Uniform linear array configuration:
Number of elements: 64
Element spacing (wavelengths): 0.5
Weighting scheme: binomial
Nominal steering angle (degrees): -45
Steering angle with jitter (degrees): -46.511
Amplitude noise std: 0.05
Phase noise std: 0.05

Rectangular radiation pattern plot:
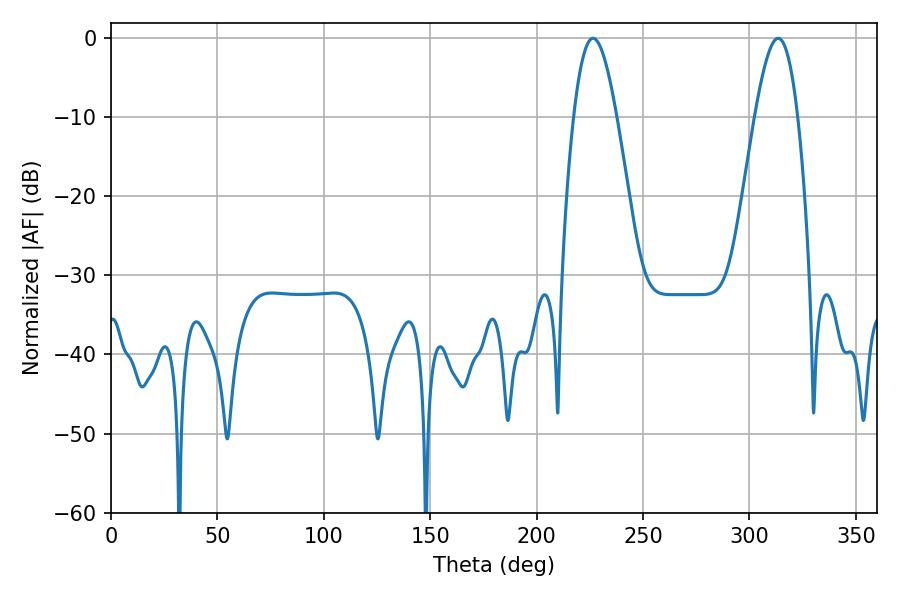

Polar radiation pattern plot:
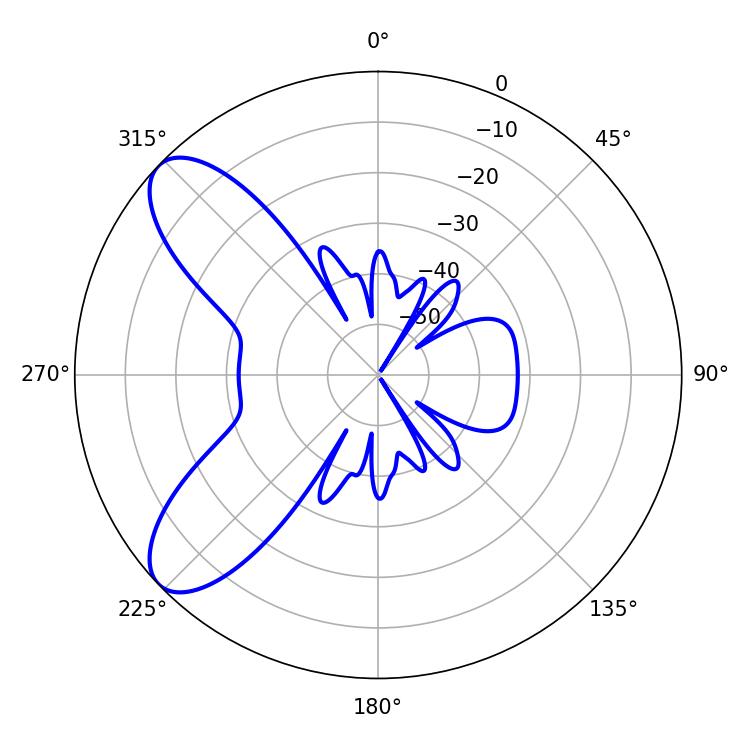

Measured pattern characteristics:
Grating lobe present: FALSE
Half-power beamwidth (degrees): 10.8
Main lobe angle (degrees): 226.44